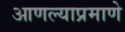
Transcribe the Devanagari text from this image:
आणल्याप्रमाणे